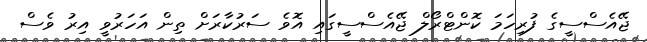
ޖޭއެސްސީގެ ފުރިހަމަ ކޮންޓްރޯލް ޖޭއެސްސީގައި އޮވެ ސަރުކާރަށް ތިން އަހަރުވީ އިރު ވެސް